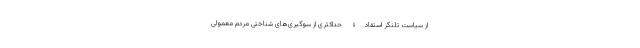
از سیاست تلنگر استفادۀ حداکثری از سوگیری‌های شناختیِ مردمِ معمولی